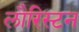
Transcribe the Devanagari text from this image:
लौरिस्टन